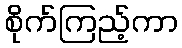
စိုက်ကြည့်ကာ